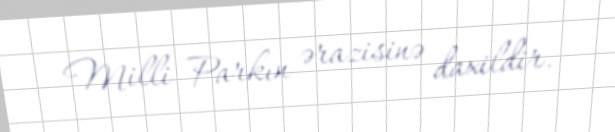
Milli Parkın ərazisinə daxildir.